Annual report of the Punjab Veterinary College and of the Civil Veterinary Department, Punjab - 1894-1908
Year: 1894
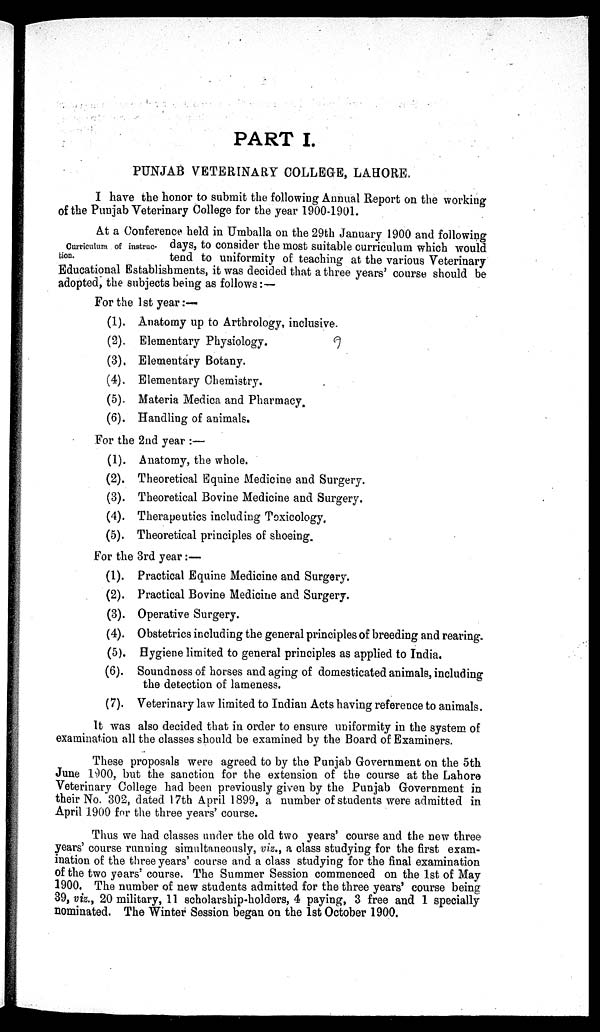
PART I.
PUNJAB VETERINARY COLLEGE, LAHORE.
I have the honor to submit the following Annual Report on the working
of the Punjab Veterinary College for the year 1900-1901.
Curriculum of instruc-
tion.
At a Conference held in Umballa on the 29th January 1900 and following
days, to consider the most suitable curriculum which would
tend to uniformity of teaching at the various Veterinary
Educational Establishments, it was decided that a three years' course should be
adopted, the subjects being as follows: —
For the 1st year:—
(1), Anatomy up to Arthrology, inclusive.
(2). Elementary Physiology.
(3). Elementary Botany.
(4). Elementary Chemistry.
(5). Materia Medica and Pharmacy.
(6). Handling of animals.
For the 2nd year :—
(1). Anatomy, the whole.
(2). Theoretical Equine Medicine and Surgery.
(3). Theoretical Bovine Medicine and Surgery.
(4). Therapeutics including Toxicology.
(5). Theoretical principles of shoeing.
For the 3rd year:—
(1). Practical Equine Medicine and Surgery.
(2). Practical Bovine Medicine and Surgery.
(3). Operative Surgery.
(4). Obstetrics including the general principles of breeding and rearing.
(5). Hygiene limited to general principles as applied to India.
(6). Soundness of horses and aging of domesticated animals, including
the detection of lameness.
(7). Veterinary law limited to Indian Acts having reference to animals.
It was also decided that in order to ensure uniformity in the system of
examination all the classes should be examined by the Board of Examiners.
These proposals were agreed to by the Punjab Government on the 5th
June 1900, but the sanction for the extension of the course at the Lahore
Veterinary College had been previously given by the Punjab Government in
their No. 302, dated 17th April 1899, a number of students were admitted in
April 1900 for the three years' course.
Thus we had classes under the old two years' course and the new three
years' course running simultaneously, viz., a class studying for the first exam-
ination of the three years' course and a class studying for the final examination
of the two years' course. The Summer Session commenced on the 1st of May
1900. The number of new students admitted for the three years' course being
39, viz., 20 military, 11 scholarship-holders, 4 paying, 3 free and 1 specially
nominated. The Winter Session began on the 1st October 1900.